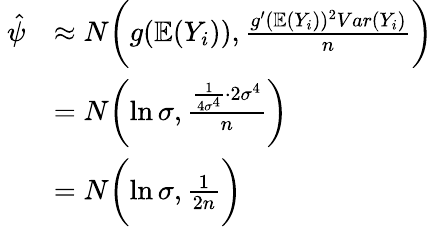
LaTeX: \begin{array}{rl}{\ \hat{\psi}}&{\approx N\biggl(g(\mathbb E(Y_{i})),\frac{g^{\prime}(\mathbb E(Y_{i}))^{2}Var(Y_{i})}{n}\biggl)}\\ {\ }&{=N\biggl(\ln\sigma,\frac{\frac{1}{4\sigma^{4}}\cdot 2\sigma^{4}}{n}\biggl)}\\ {\ }&{=N\biggl(\ln\sigma,\frac{1}{2n}\biggl)}\end{array}